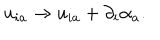
u _ { i a } \rightarrow u _ { i a } + \partial _ { i } \alpha _ { a } .